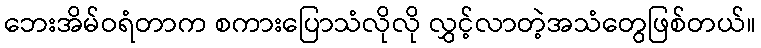
ဘေးအိမ်ဝရံတာက စကားပြောသံလိုလို လွှင့်လာတဲ့အသံတွေဖြစ်တယ်။